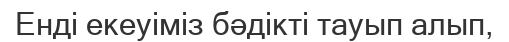
Енді екеуіміз бәдікті тауып алып,